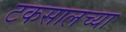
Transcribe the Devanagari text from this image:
टकसालच्या